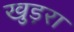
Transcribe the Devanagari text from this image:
खुड़रा